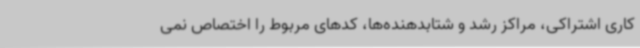
کاری اشتراکی، مراکز رشد و شتابدهنده‌ها، کدهای مربوط را اختصاص نمی